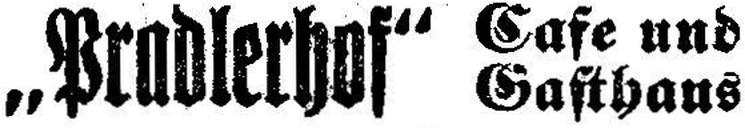
„Pradlerhof“